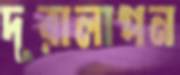
দূরালাপন